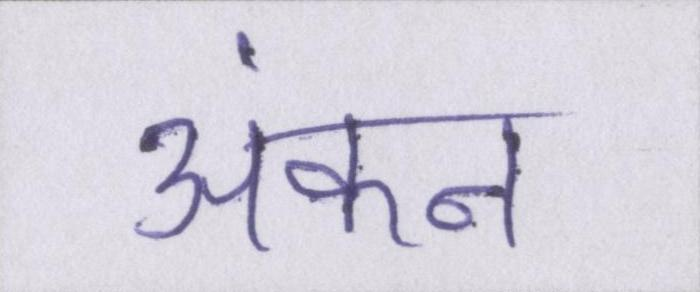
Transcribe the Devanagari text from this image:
अंकन